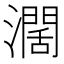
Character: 濶